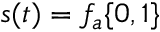
s ( t ) = f _ { a } \{ 0 , 1 \}